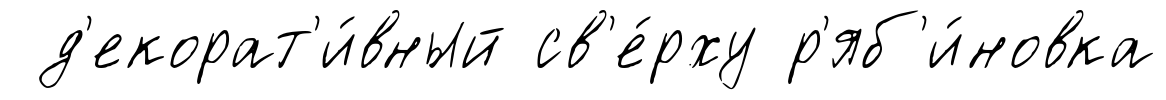
д'екорат'и́вный св'е́рху р'яб'и́новка